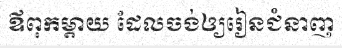
ឪពុកម្តាយ ដែលចង់ឲ្យរៀនជំនាញ